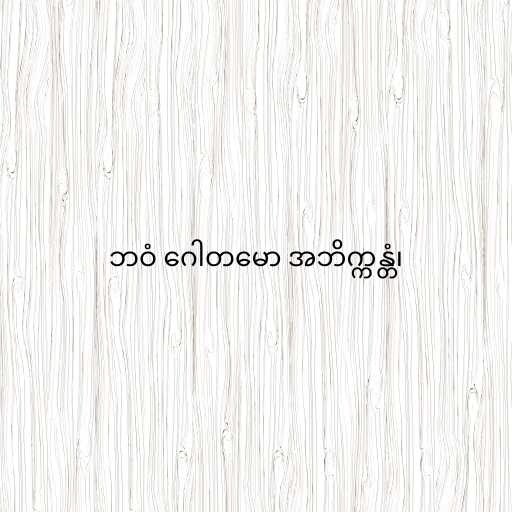
ဘဝံ ဂေါတမော အဘိက္ကန္တံ၊